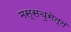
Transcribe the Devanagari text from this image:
मस्सचुसेत्त